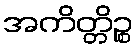
အကိတ္တိဉ္စ